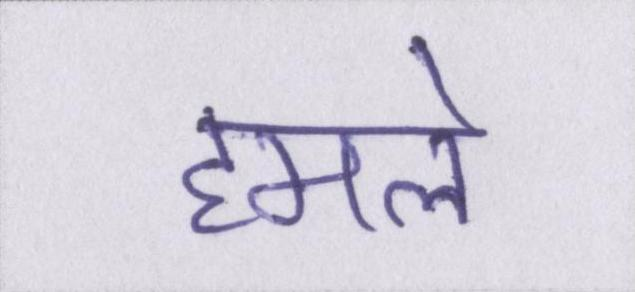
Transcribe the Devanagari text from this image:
हमले